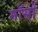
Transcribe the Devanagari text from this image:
मॉसों